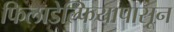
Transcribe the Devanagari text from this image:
फिलाडेल्फियापासून